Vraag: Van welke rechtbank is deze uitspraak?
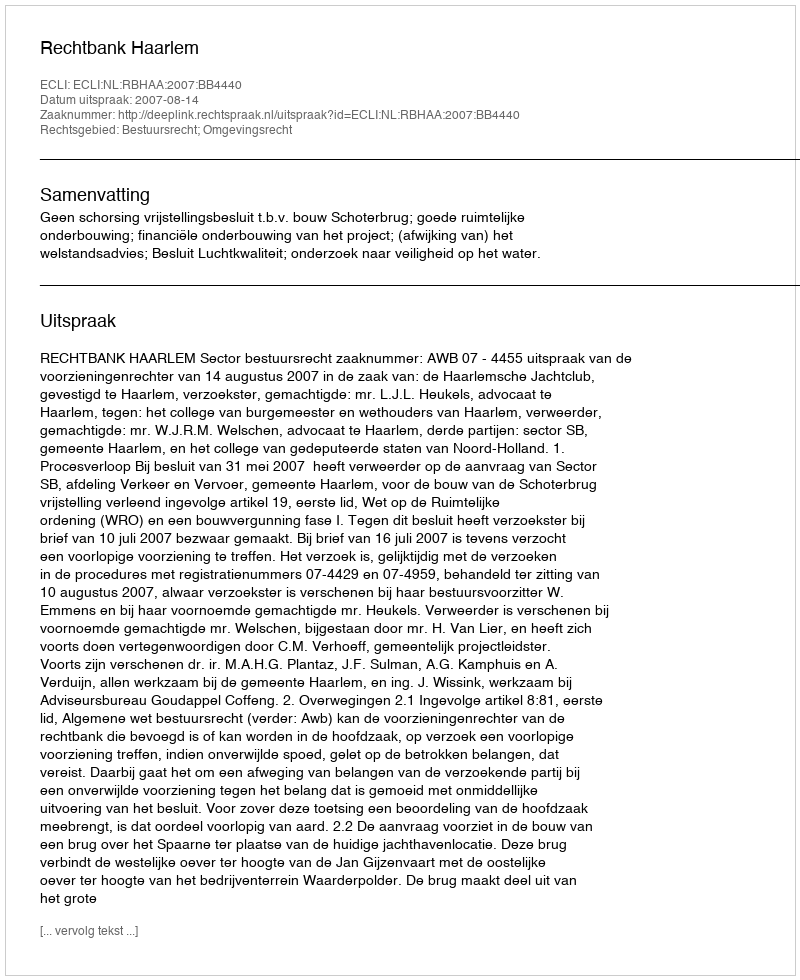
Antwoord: Rechtbank Haarlem